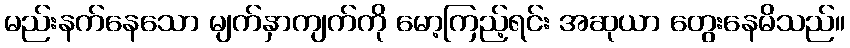
မည်းနက်နေသော မျက်နှာကျက်ကို မော့ကြည့်ရင်း အဆုယာ တွေးနေမိသည်။